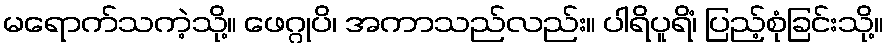
မရောက်သကဲ့သို့။ ဖေဂ္ဂုပိ၊ အကာသည်လည်း။ ပါရိပူရိံ၊ ပြည့်စုံခြင်းသို့။